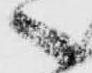
へ